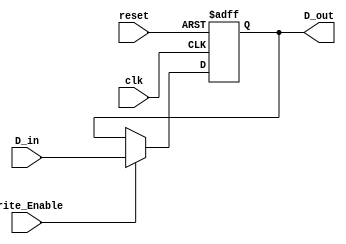
module ForwardingRegister (
    input wire [31:0] D_in,        // Data input (32 bits)
    input wire Write_Enable,       // Control signal to write data
    input wire clk,                // Clock signal
    input wire reset,              // Asynchronous reset
    output reg [31:0] D_out        // Data output (32 bits)
);

// Always block triggered on the rising edge of the clock
always @(posedge clk or posedge reset) begin
    if (reset) begin
        D_out <= 32'b0;           // Clear the register on reset
    end else if (Write_Enable) begin
        D_out <= D_in;            // Store data on Write_Enable
    end
    // If Write_Enable is low, retain the previous value of D_out
end

endmodule